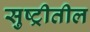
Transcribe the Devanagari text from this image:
सुष्ट्रीतील